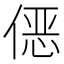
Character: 𱏀